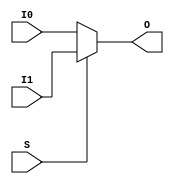
///////////////////////////////////////////////////////////////////////////////
// Copyright (c) 1995/2015 Xilinx, Inc.
// All Right Reserved.
///////////////////////////////////////////////////////////////////////////////
//   ____  ____
//  /   /\/   /
// /___/  \  /    Vendor : Xilinx
// \   \   \/     Version : 2015.4
//  \   \         Description : Xilinx Formal Library Component
//  /   /                  2-to-1 Lookup Table Multiplexer with General Output
// /___/   /\     Filename : MUXF7.v
// \   \  /  \
//  \___\/\___\
//
///////////////////////////////////////////////////////////////////////////////
// Revision:
//    03/23/04 - Initial version.
// End Revision
///////////////////////////////////////////////////////////////////////////////

`timescale  1 ps / 1 ps

`celldefine

module MUXF7 (O, I0, I1, S);


`ifdef XIL_TIMING

    parameter LOC = "UNPLACED";

`endif

    
    output O;
    input I0, I1, S;

    reg O_out;

    always @(I0 or I1 or S) 
  if (S)
      O_out = I1;
  else
      O_out = I0;

    assign O = O_out;
    
endmodule

`endcelldefine